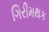
ગિરીમથક